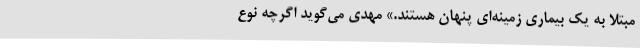
مبتلا به یک بیماری زمینه‌ای پنهان هستند.» مهدی می‌گوید اگرچه نوع